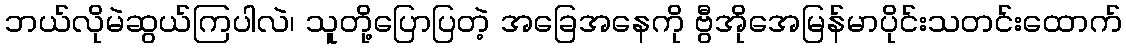
ဘယ်လိုမဲဆွယ်ကြပါလဲ၊ သူတို့ပြောပြတဲ့ အခြေအနေကို ဗွီအိုအေမြန်မာပိုင်းသတင်းထောက်